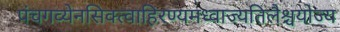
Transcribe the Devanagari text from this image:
पंचगव्येनसिक्त्वाहिरण्यमध्वाज्यतिलैश्चयोज्य